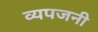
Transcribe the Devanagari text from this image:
व्यपजनी